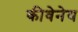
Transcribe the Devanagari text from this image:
कीवेनेय